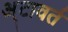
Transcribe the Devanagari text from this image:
अ्टावर्त